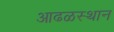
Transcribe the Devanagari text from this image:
आढळस्थान